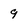
Character: 9